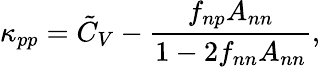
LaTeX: \kappa_{pp}=\tilde{C}_{V}-\frac{f_{np}A_{nn}}{1-2f_{nn}A_{nn}},